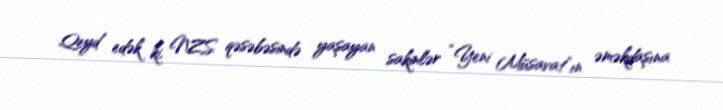
Qeyd edək ki, NZS qəsəbəsində yaşayan sakinlər “Yeni Müsavat”ın əməkdaşına